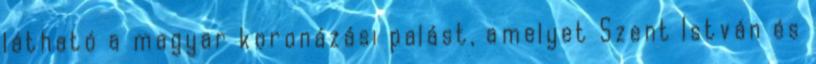
látható a magyar koronázási palást, amelyet Szent István és